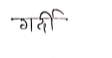
मजकूर: गर्दी